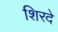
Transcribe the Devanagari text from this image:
शिरदे